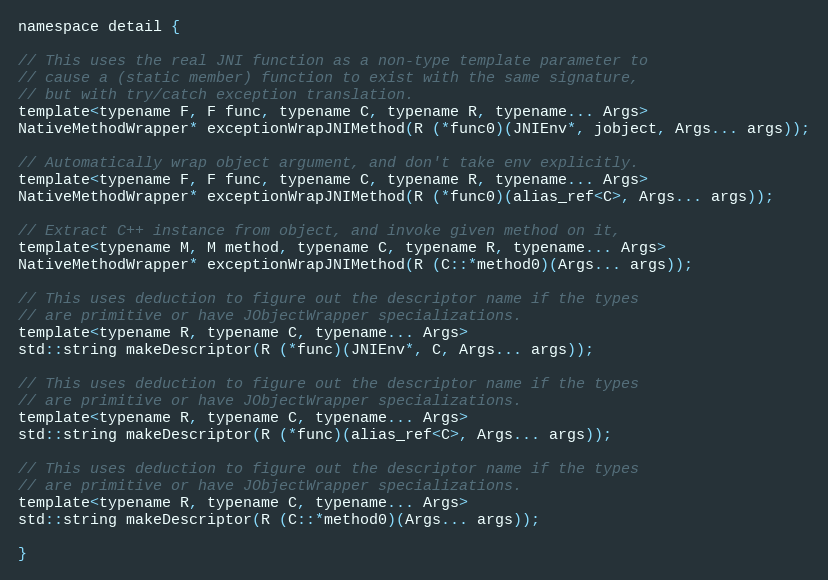
Language: C
namespace detail {

// This uses the real JNI function as a non-type template parameter to
// cause a (static member) function to exist with the same signature,
// but with try/catch exception translation.
template<typename F, F func, typename C, typename R, typename... Args>
NativeMethodWrapper* exceptionWrapJNIMethod(R (*func0)(JNIEnv*, jobject, Args... args));

// Automatically wrap object argument, and don't take env explicitly.
template<typename F, F func, typename C, typename R, typename... Args>
NativeMethodWrapper* exceptionWrapJNIMethod(R (*func0)(alias_ref<C>, Args... args));

// Extract C++ instance from object, and invoke given method on it,
template<typename M, M method, typename C, typename R, typename... Args>
NativeMethodWrapper* exceptionWrapJNIMethod(R (C::*method0)(Args... args));

// This uses deduction to figure out the descriptor name if the types
// are primitive or have JObjectWrapper specializations.
template<typename R, typename C, typename... Args>
std::string makeDescriptor(R (*func)(JNIEnv*, C, Args... args));

// This uses deduction to figure out the descriptor name if the types
// are primitive or have JObjectWrapper specializations.
template<typename R, typename C, typename... Args>
std::string makeDescriptor(R (*func)(alias_ref<C>, Args... args));

// This uses deduction to figure out the descriptor name if the types
// are primitive or have JObjectWrapper specializations.
template<typename R, typename C, typename... Args>
std::string makeDescriptor(R (C::*method0)(Args... args));

}